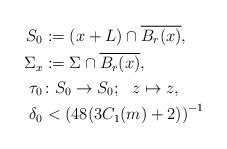
LaTeX: \begin{align*} S_0&:=(x+L)\cap \overline{B_r(x)},\\ \Sigma_x&:= \Sigma \cap \overline{B_r(x)},\\ \tau_0 &\colon S_0 \to S_0 ; \ \ z\mapsto z,\\ \delta_0 &<\left( 48(3C_1(m)+ 2) \right) ^{-1} \end{align*}